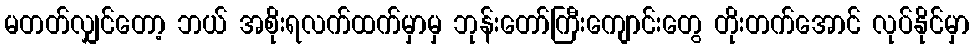
မတတ်လျှင်တော့ ဘယ် အစိုးရလက်ထက်မှာမှ ဘုန်းတော်ကြီးကျောင်းတွေ တိုးတက်အောင် လုပ်နိုင်မှာ